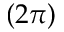
( 2 \pi )